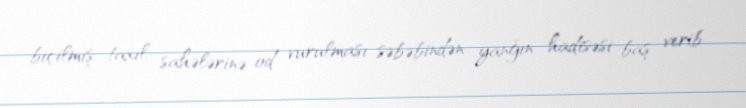
biçilmiş taxıl sahələrinə od vurulması səbəbindən yanğın hadisəsi baş verib.